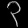
Digit: ၃